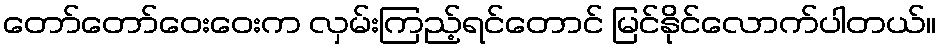
တော်တော်ဝေးဝေးက လှမ်းကြည့်ရင်တောင် မြင်နိုင်လောက်ပါတယ်။